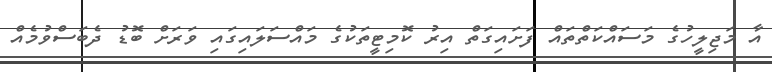
އާ މަޖިލީހުގެ މަސައްކަތްތައް ފަށައިގަތް އިރު ކޮމިޓީތަކުގެ މައްސަލައިގައި ވަރަށް ބޮޑު ދެބަސްވުމެއް